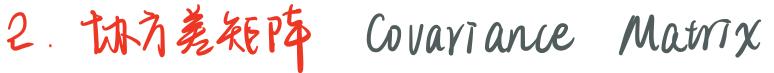
2. 协方差矩阵  Covariance Matrix